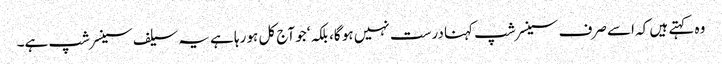
وہ کہتے ہیں کہ اسے صرف سینسرشپ کہنا درست نہیں ہو گا، بلکہ ‘جو آج کل ہو رہا ہے یہ سیلف سینسر شپ ہے۔